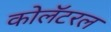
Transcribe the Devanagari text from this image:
कोलॅटरल